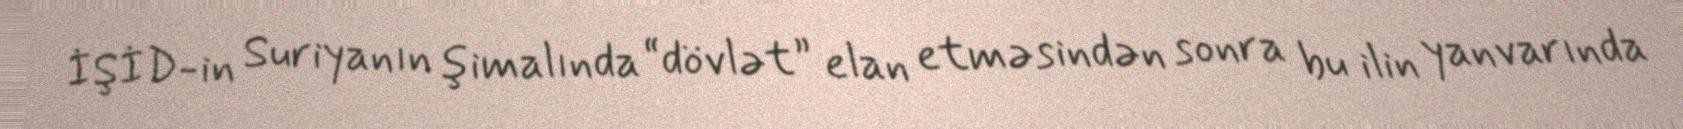
İŞİD-in Suriyanın şimalında “dövlət” elan etməsindən sonra bu ilin yanvarında